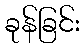
ခုန်ခြင်း